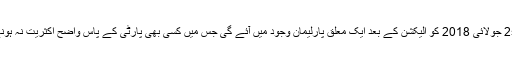
سروے کے نتائج میں یہ خدشہ ظاہر کیا گیا ہے کہ 25 جولائی 2018 کو الیکشن کے بعد ایک معلق پارلیمان وجود میں آئے گی جس میں کسی بھی پارٹی کے پاس واضح اکثریت نہ ہونے کے باعث مخلوط حکومت کا قیام عمل میں آئے گا۔